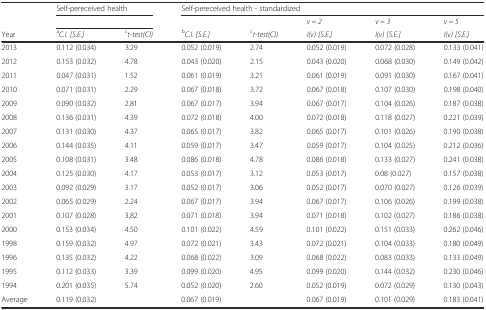
<table><thead><tr><td></td><td colspan="2"><b>Self-pereceived health</b></td><td colspan="5"><b>Self-pereceived health - standardized</b></td></tr><tr><td></td><td colspan="2"></td><td></td><td></td><td><b><i>v = 2</i></b></td><td><b><i>v = 3</i></b></td><td><b><i>v = 5</i></b></td></tr><tr><td><b>Year</b></td><td><b><sup>a</sup><i>C.I. [S.E.]</i></b></td><td><b><sup>c</sup><i>t-test(CI)</i></b></td><td><b><sup>b</sup><i>C.I. [S.E.]</i></b></td><td><b><sup>c</sup><i>t-test(CI)</i></b></td><td><b><i>I(v) [S.E.]</i></b></td><td><b><i>I(v) [S.E.]</i></b></td><td><b><i>I(v) [S.E.]</i></b></td></tr></thead><tbody><tr><td>2013</td><td>0.112 (0.034)</td><td>3.29</td><td>0.052 (0.019)</td><td>2.74</td><td>0.052 (0.019)</td><td>0.072 (0.028)</td><td>0.133 (0.041)</td></tr><tr><td>2012</td><td>0.153 (0.032)</td><td>4.78</td><td>0.043 (0.020)</td><td>2.15</td><td>0.043 (0.020)</td><td>0.068 (0.030)</td><td>0.149 (0.042)</td></tr><tr><td>2011</td><td>0.047 (0.031)</td><td>1.52</td><td>0.061 (0.019)</td><td>3.21</td><td>0.061 (0.019)</td><td>0.091 (0.030)</td><td>0.167 (0.041)</td></tr><tr><td>2010</td><td>0.071 (0.031)</td><td>2.29</td><td>0.067 (0.018)</td><td>3.72</td><td>0.067 (0.018)</td><td>0.107 (0.030)</td><td>0.198 (0.040)</td></tr><tr><td>2009</td><td>0.090 (0.032)</td><td>2.81</td><td>0.067 (0.017)</td><td>3.94</td><td>0.067 (0.017)</td><td>0.104 (0.026)</td><td>0.187 (0.038)</td></tr><tr><td>2008</td><td>0.136 (0.031)</td><td>4.39</td><td>0.072 (0.018)</td><td>4.00</td><td>0.072 (0.018)</td><td>0.118 (0.027)</td><td>0.221 (0.039)</td></tr><tr><td>2007</td><td>0.131 (0.030)</td><td>4.37</td><td>0.065 (0.017)</td><td>3.82</td><td>0.065 (0.017)</td><td>0.101 (0.026)</td><td>0.190 (0.038)</td></tr><tr><td>2006</td><td>0.144 (0.035)</td><td>4.11</td><td>0.059 (0.017)</td><td>3.47</td><td>0.059 (0.017)</td><td>0.104 (0.025)</td><td>0.212 (0.036)</td></tr><tr><td>2005</td><td>0.108 (0.031)</td><td>3.48</td><td>0.086 (0.018)</td><td>4.78</td><td>0.086 (0.018)</td><td>0.133 (0.027)</td><td>0.241 (0.038)</td></tr><tr><td>2004</td><td>0.125 (0.030)</td><td>4.17</td><td>0.053 (0.017)</td><td>3.12</td><td>0.053 (0.017)</td><td>0.08 (0.027)</td><td>0.157 (0.038)</td></tr><tr><td>2003</td><td>0.092 (0.029)</td><td>3.17</td><td>0.052 (0.017)</td><td>3.06</td><td>0.052 (0.017)</td><td>0.070 (0.027)</td><td>0.126 (0.039)</td></tr><tr><td>2002</td><td>0.065 (0.029)</td><td>2.24</td><td>0.067 (0.017)</td><td>3.94</td><td>0.067 (0.017)</td><td>0.106 (0.026)</td><td>0.199 (0.038)</td></tr><tr><td>2001</td><td>0.107 (0.028)</td><td>3.82</td><td>0.071 (0.018)</td><td>3.94</td><td>0.071 (0.018)</td><td>0.102 (0.027)</td><td>0.186 (0.038)</td></tr><tr><td>2000</td><td>0.153 (0.034)</td><td>4.50</td><td>0.101 (0.022)</td><td>4.59</td><td>0.101 (0.022)</td><td>0.151 (0.033)</td><td>0.262 (0.046)</td></tr><tr><td>1998</td><td>0.159 (0.032)</td><td>4.97</td><td>0.072 (0.021)</td><td>3.43</td><td>0.072 (0.021)</td><td>0.104 (0.033)</td><td>0.180 (0.049)</td></tr><tr><td>1996</td><td>0.135 (0.032)</td><td>4.22</td><td>0.068 (0.022)</td><td>3.09</td><td>0.068 (0.022)</td><td>0.083 (0.033)</td><td>0.133 (0.049)</td></tr><tr><td>1995</td><td>0.112 (0.033)</td><td>3.39</td><td>0.099 (0.020)</td><td>4.95</td><td>0.099 (0.020)</td><td>0.144 (0.032)</td><td>0.230 (0.046)</td></tr><tr><td>1994</td><td>0.201 (0.035)</td><td>5.74</td><td>0.052 (0.020)</td><td>2.60</td><td>0.052 (0.019)</td><td>0.072 (0.029)</td><td>0.130 (0.043)</td></tr><tr><td>Average</td><td>0.119 (0.032)</td><td></td><td>0.067 (0.019)</td><td></td><td>0.067 (0.019)</td><td>0.101 (0.029)</td><td>0.183 (0.041)</td></tr></tbody></table>